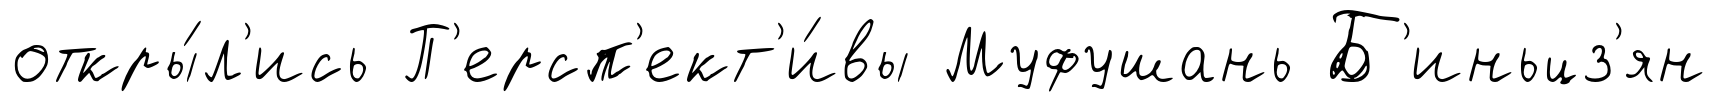
откры́л'ись П'ерсп'ект'и́вы Муфушань Б'иньцз'ян